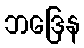
ဘဒြေန